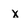
Character: x